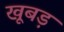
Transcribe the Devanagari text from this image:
खूबड़